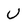
Character: V